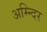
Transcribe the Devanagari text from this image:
अम्न्दिर